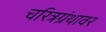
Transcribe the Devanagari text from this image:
चरित्रग्रंथावर